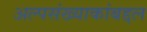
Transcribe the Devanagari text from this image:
अल्पसंख्याकांबद्दल